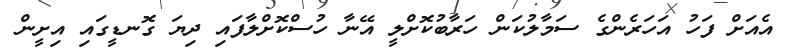
އެއަށް ފަހު އަހަރެންގެ ސަމާލުކަން ހަރާބުކޮށްލީ އޭނާ ހުސްކޮށްލާފައި ދިޔަ ގޮނޑީގައި އިށީން